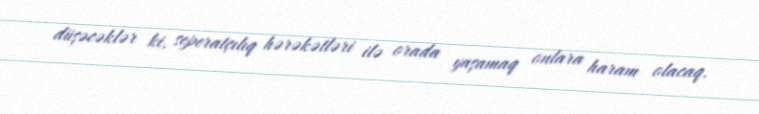
düşəcəklər ki, seperatçılıq hərəkətləri ilə orada yaşamaq onlara haram olacaq.